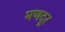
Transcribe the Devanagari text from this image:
मणदूर